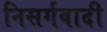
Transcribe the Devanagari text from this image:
निसर्गवादी